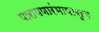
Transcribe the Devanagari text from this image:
पारायणारंभापासून